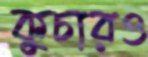
কুচারও